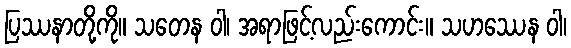
ပြဿနာတို့ကို။ သတေန ဝါ၊ အရာဖြင့်လည်းကောင်း။ သဟဿေန ဝါ၊